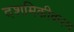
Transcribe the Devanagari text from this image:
दशमिकीकरण